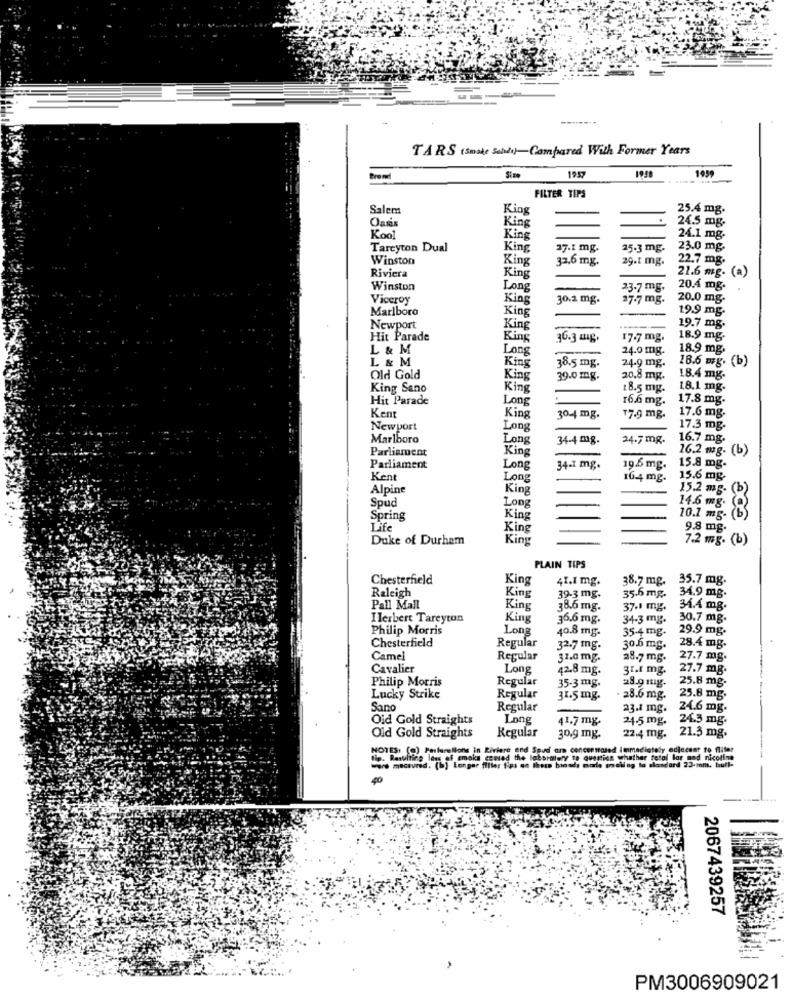
TARS (smake Saids)-Compared With Former Years
1957
FILTER TEPS
Salem
King
25.4 mg.
King
24.5 mg.
Oasi
Kool
King
24.1 mg.
Tarcyton Dual
King
27.1 mg.
25.3 mg.
23.0 mg.
Winston
King
32.6 mg.
29.t mg.
22.7 mg.
Riviera
King
21.6 mg. (a)
Winston
Long
23.7 mg.
20.4 mg.
Viceroy
King
30.2 mg.
27.7 mg.
20.0 mg.
Marlboro
King
19.9 mg.
Newport
King
19.7 mg.
Hit Parade
King
36.3 mig.
17.7 mg.
18.9 mg
L & M
Long
24.0 mg-
18.9 mg.
L & M
King
24.9 mg.
18.6 mg. (b)
38.5 mg.
Old Gold
King
39.0 mg.
20.8 mg.
18.4 mg.
King Sano
King
18.5 mg.
1.8.1 mg.
Hit Parade
Long
16.6 mg.
17.8 mg.
17.6 mg-
Kent
King
30-4 mg.
17.9 mg.
Newport
Long
17.3 mg.
Marlboro
Long
34-4 mg.
24.7 mg.
16.7 mg.
Parliament
King
16.2 mg. (b)
Parliament
Long
34-1 mg.
19.5 mg.
15.8 mg-
Kent
Long
10.4 mg.
15.6 mg.
Alpine
King
15.2 mg- Cb
Spud
Long
14.6 mg.
Spring
King
10.1 mg- (
Life
King
9.8 mg.
Duke of Durham
King
7.2 mg. (b)
PLAIN TIPS
Chesterfield
King
41.1 mg.
38.7 mg.
35.7 mg.
Raleigh
King
39.3 mg.
35.6 mg.
34.9 mg.
Pall Mall
King
38.6 mg.
37.1 mg.
34.4 mg.
Ilerbert Tareyton
King
36.6 mg.
34.3 mg.
30.7 mg.
Philip Morris
Long
40.8 mg.
35-4 mg.
29.9 mg.
Chesterfield
Regular
32.7 mg.
30.5 mg.
28.4 mg.
Came
Regular
31.0 mg
28.7 mg.
27.7 mg.
Cavalier
Long
42.8 mg.
31.1 mg.
27.7 mg.
Philip Morris
Regular
25.8 mg.
35-3 mg.
28.g mg.
Lucky Strike
Regular
31.5 mg.
28.6 mg.
25.8 mg.
Sano
Regular
23.1 mg.
24.6 mg.
Oid Gold Straights
Long
41.7 mg.
24.5 mg.
24.5 mg.
Regular
Old Gold Straights
30.9 mg.
22.4 mg.
21.3 mg.
NOTES: (@) Parlerallons in Riviere end Spud ar concentased Immadiately ediccent to fliter
- macured. [b] Eenger filter tips on theso bicsds more maling to alandard 23-mm, bull-
tip. Resulting loss of emoks caused the laboratory to question whether total lar med nicotine
40
2067439257
PM3006909021